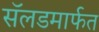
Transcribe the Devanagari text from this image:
सॅलडमार्फत